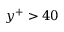
y ^ { + } > 4 0